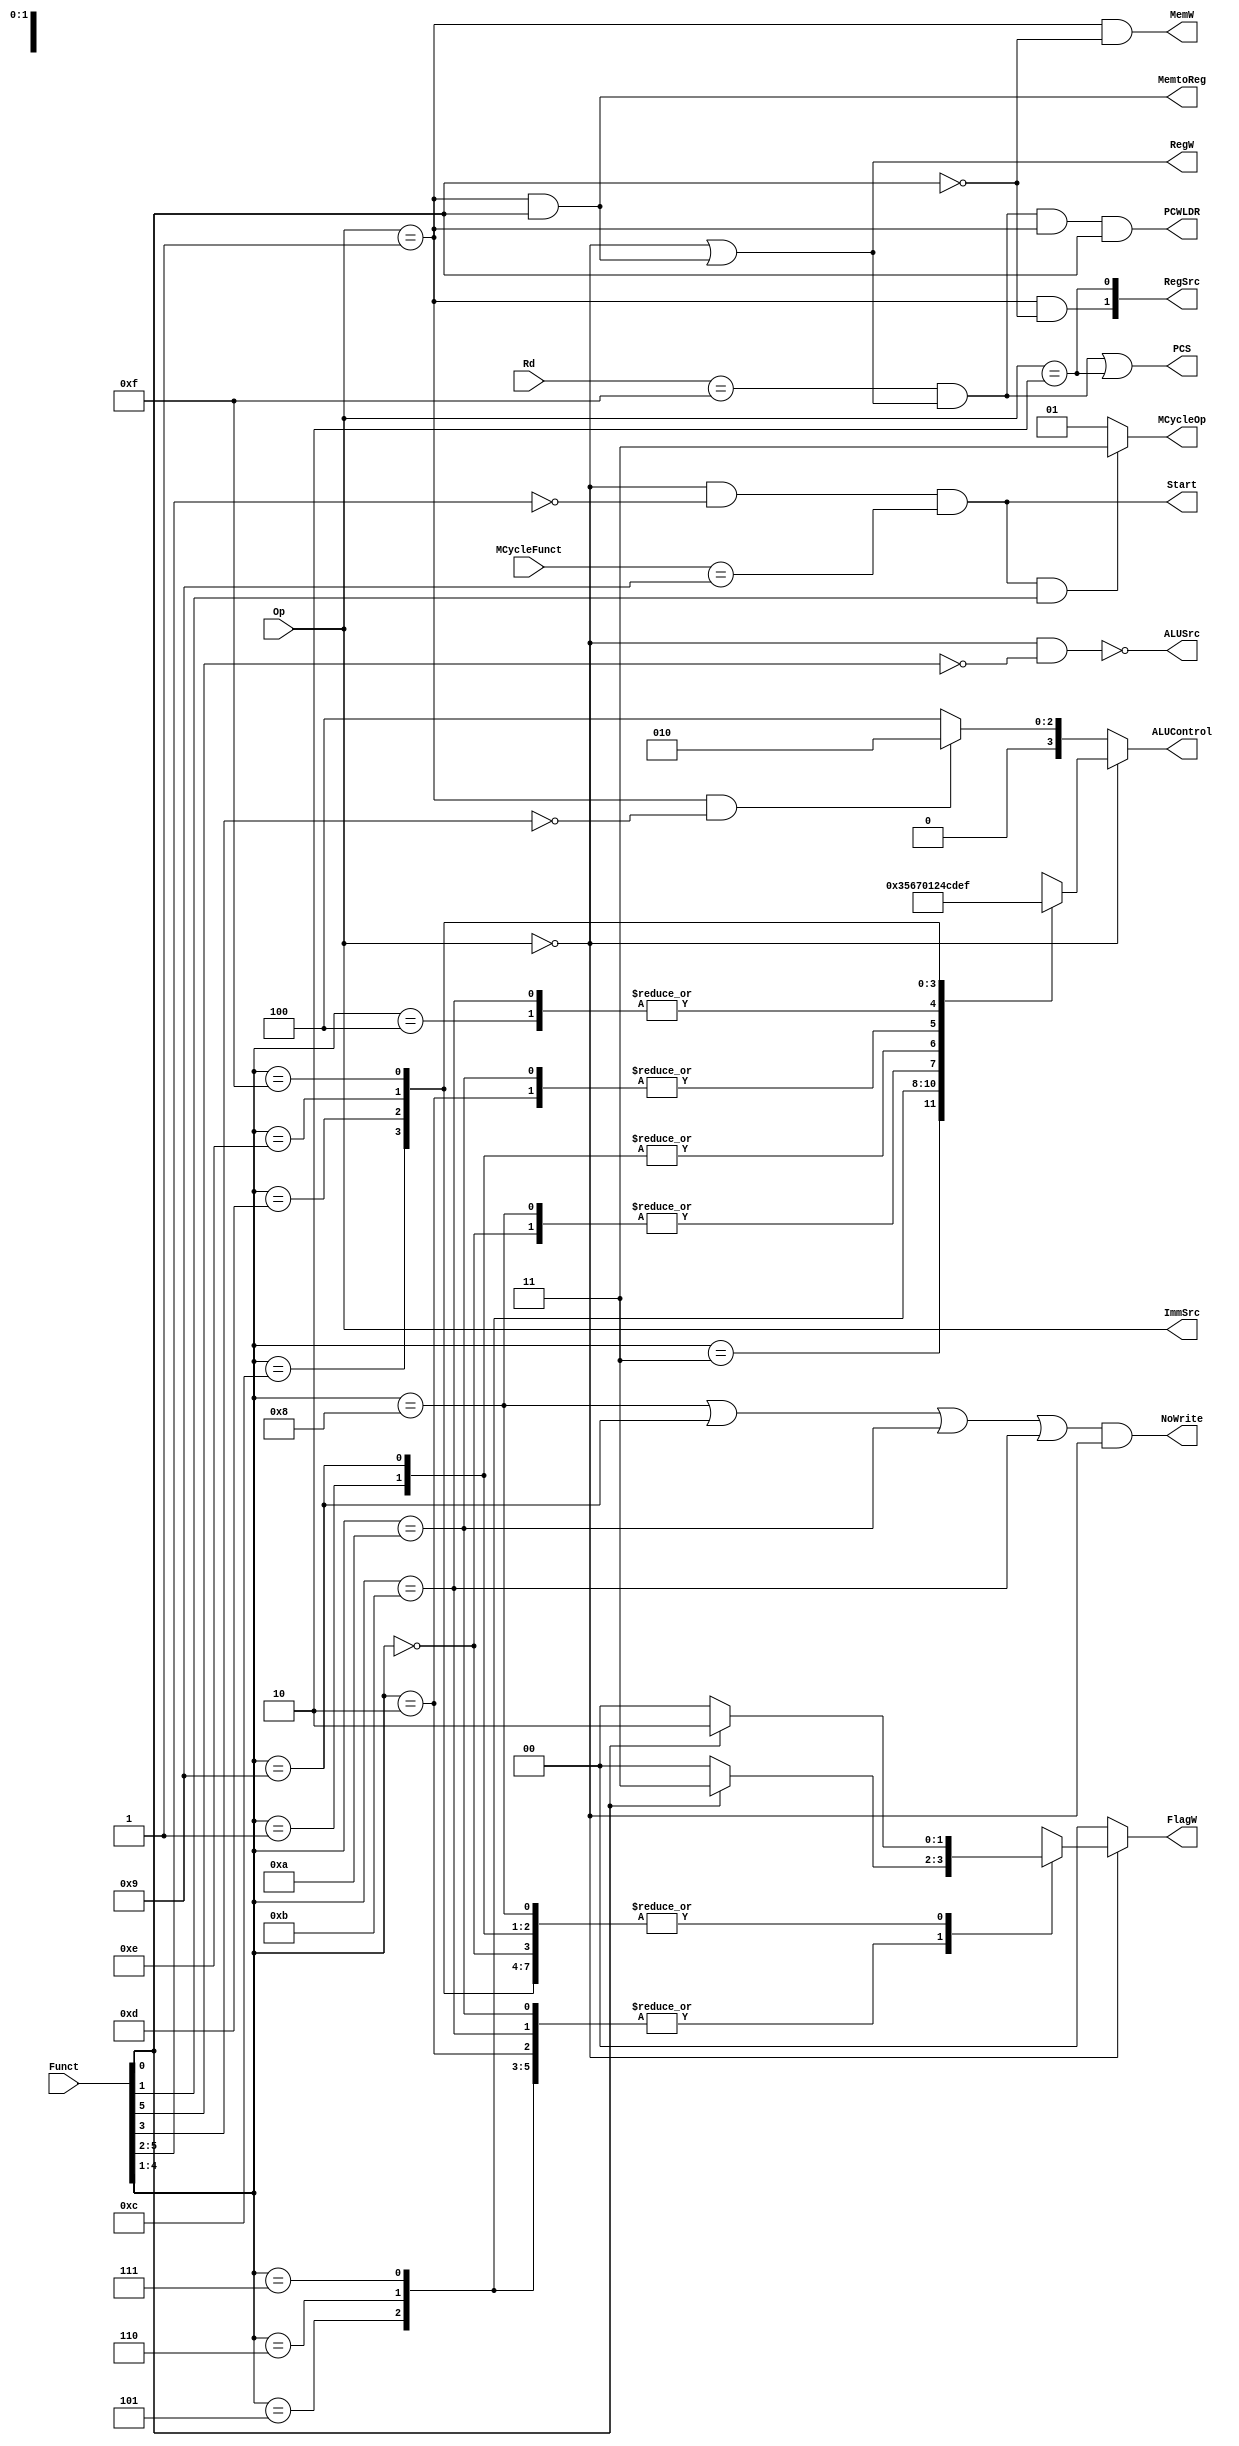
`timescale 1ns / 1ps
/*
----------------------------------------------------------------------------------
-- Company: NUS	
-- Engineer: (c) Shahzor Ahmad and Rajesh Panicker  
-- 
-- Create Date: 09/23/2015 06:49:10 PM
-- Module Name: Decoder
-- Project Name: CG3207 Project
-- Target Devices: Nexys 4 (Artix 7 100T)
-- Tool Versions: Vivado 2015.2
-- Description: Decoder Module
-- 
-- Dependencies: NIL
-- 
-- Revision:
-- Revision 0.01 - File Created
-- Additional Comments:
-- 
----------------------------------------------------------------------------------

----------------------------------------------------------------------------------
--	License terms :
--	You are free to use this code as long as you
--		(i) DO NOT post it on any public repository;
--		(ii) use it only for educational purposes;
--		(iii) accept the responsibility to ensure that your implementation does not violate any intellectual property of ARM Holdings or other entities.
--		(iv) accept that the program is provided "as is" without warranty of any kind or assurance regarding its suitability for any particular purpose;
--		(v)	acknowledge that the program was written based on the microarchitecture described in the book Digital Design and Computer Architecture, ARM Edition by Harris and Harris;
--		(vi) send an email to rajesh.panicker@ieee.org briefly mentioning its use (except when used for the course CG3207 at the National University of Singapore);
--		(vii) retain this notice in this file or any files derived from this.
----------------------------------------------------------------------------------
*/

module Decoder(
    input [3:0] Rd,
    input [1:0] Op,
    input [5:0] Funct,
    input [3:0] MCycleFunct,
    output PCS,
    output PCWLDR,
    output RegW,
    output MemW,
    output MemtoReg,
    output ALUSrc,
    output [1:0] ImmSrc,
    output [1:0] RegSrc,
    output NoWrite,
    output reg [3:0] ALUControl,
    output reg [1:0] FlagW,
    output Start,
    output [1:0] MCycleOp
    );
    
    wire Branch;
    wire [1:0] ALUOp;
    reg [9:0] controls;
    
    //Main Decoder
    assign Branch = (Op == 2'b10);
    
    assign MemtoReg = (Op == 2'b01) & (Funct[0] == 1'b1);
    
    assign MemW = (Op == 2'b01) & (Funct[0] == 1'b0);
    
    assign ALUSrc = ~((Op == 2'b00) & (Funct[5] == 1'b0));
    
    assign ImmSrc = Op;
    
    assign RegW = (Op == 2'b00) | ((Op == 2'b01) & (Funct[0] == 1'b1));
    
    assign RegSrc[0] = (Op == 2'b10);
    
    assign RegSrc[1] = ((Op == 2'b01) && (Funct[0] == 1'b0));
    
    assign ALUOp[0] = (Op == 2'b00);
    
    assign ALUOp[1] = (Op == 2'b01) & (Funct[3] == 1'b0); //Negative offset LDR/STR
    
    // Start is set when the instruction is a MUL or DIV, when Instr[27:22] is 0 and Instr[7:4] is 4'b1001
    assign Start = (Op == 2'b00) & (Funct[5:2] == 4'b0000) & (MCycleFunct == 4'b1001);
    
    // Instr[21] = 0 for MUL and Instr[21] = 1 for DIV, 2'b01 = unsigned multiplication, 2'b11 = unsigned division
    assign MCycleOp = (Start & Funct[1]) ? 2'b11 : 2'b01; 
    
    
    //PC Logic
    assign PCS = ((Rd == 4'b1111) & RegW) | Branch;
    assign PCWLDR = (Rd == 4'b1111) & RegW & (Op == 2'b01) & (Funct[0] == 1'b1); //LDR PC
    
    
    //ALU Decoder
    assign NoWrite = (Funct[4:1] == 4'b1000 | Funct[4:1] == 4'b1001 | Funct[4:1] == 4'b1010 | Funct[4:1] == 4'b1011) & (ALUOp[0] == 1'b1); //TST, TEQ, CMP, CMN only update flags
    
    always @ (ALUOp, Funct[4:0])
    begin
        if (ALUOp[0])
        begin
            case (Funct[4:1])
                4'b0000: //AND
                begin
                    ALUControl <= 4'b0000;
                    FlagW <= (Funct[0] == 1'b1) ? 2'b10 : 2'b00;
                end
                4'b0001: //EOR
                begin
                    ALUControl <= 4'b0001;
                    FlagW <= (Funct[0] == 1'b1) ? 2'b10 : 2'b00;
                end
                4'b0010: //SUB
                begin
                    ALUControl <= 4'b0010;
                    FlagW <= (Funct[0] == 1'b1) ? 2'b11 : 2'b00;
                end
                4'b0011: //RSB
                begin
                    ALUControl <= 4'b0011;
                    FlagW <= (Funct[0] == 1'b1) ? 2'b11 : 2'b00;
                end
                4'b0100: //ADD
                begin
                    ALUControl <= 4'b0100;
                    FlagW <= (Funct[0] == 1'b1) ? 2'b11 : 2'b00;
                end
                4'b0101: //ADC
                begin
                    ALUControl <= 4'b0101;
                    FlagW <= (Funct[0] == 1'b1) ? 2'b11 : 2'b00;
                end
                4'b0110: //SBC
                begin
                    ALUControl <= 4'b0110;
                    FlagW <= (Funct[0] == 1'b1) ? 2'b11 : 2'b00;
                end
                4'b0111: //RSC
                begin
                    ALUControl <= 4'b0111;
                    FlagW <= (Funct[0] == 1'b1) ? 2'b11 : 2'b00;
                end
                4'b1000: //TST
                begin
                    ALUControl <= 4'b0000;
                    FlagW <= (Funct[0] == 1'b1) ? 2'b10 : 2'b00; //corresponding instr with S bit clear is not DP, so still check S bit?)
                end
                4'b1001: //TEQ
                begin
                    ALUControl <= 4'b0001;
                    FlagW <= (Funct[0] == 1'b1) ? 2'b10 : 2'b00; //corresponding instr with S bit clear is not DP, so still check S bit?)
                end
                4'b1010: //CMP
                begin
                    ALUControl <= 4'b0010;
                    FlagW <= (Funct[0] == 1'b1) ? 2'b11 : 2'b00; //corresponding instr with S bit clear is not DP, so still check S bit?)
                end
                4'b1011: //CMN
                begin
                    ALUControl <= 4'b0100;
                    FlagW <= (Funct[0] == 1'b1) ? 2'b11 : 2'b00; //corresponding instr with S bit clear is not DP, so still check S bit?)
                end
                4'b1100: //ORR
                begin
                    ALUControl <= 4'b1100;
                    FlagW <= (Funct[0] == 1'b1) ? 2'b10 : 2'b00;
                end
                4'b1101: //MOV
                begin
                    ALUControl <= 4'b1101;
                    FlagW <= (Funct[0] == 1'b1) ? 2'b10 : 2'b00;
                end
                4'b1110: //BIC
                begin
                    ALUControl <= 4'b1110;
                    FlagW <= (Funct[0] == 1'b1) ? 2'b10 : 2'b00;
                end
                4'b1111: //MVN
                begin
                    ALUControl <= 4'b1111;
                    FlagW <= (Funct[0] == 1'b1) ? 2'b10 : 2'b00;
                end

                default: 
                begin
                    ALUControl <= 4'b0100;
                    FlagW <= 2'b00;
                end
            endcase   
        end
        else 
        begin
            ALUControl <= (ALUOp[1] == 1'b1) ? 4'b0010 : 4'b0100; //LDR/STR ALU, else case also include B signed immediate addition
            FlagW <= 2'b00;
        end
        
        
    end
endmodule